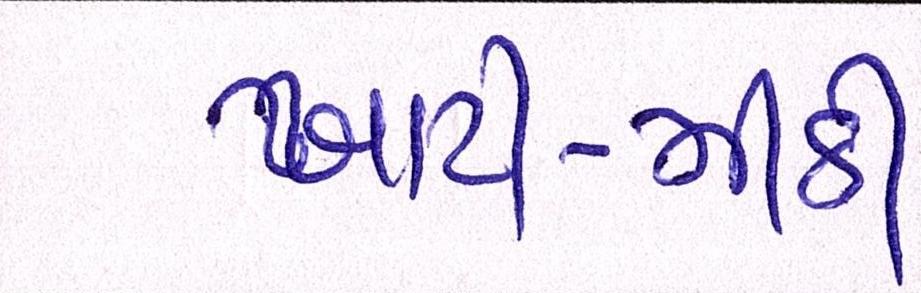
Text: ખાટી-મીઠી